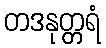
တဒနုတ္တရံ